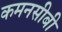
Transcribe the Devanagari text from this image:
कमनसीबी